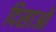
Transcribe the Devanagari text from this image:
दिसाओ